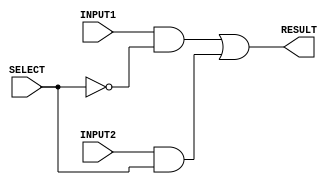
/*
 *
 *	Gate level modeling for 2 to 1 MUX
 *
 */


module mux_2to1_1bits(RESULT, INPUT1, INPUT2, SELECT);
	
	input INPUT1, INPUT2;			// 1-bit inputs 
	input SELECT;				// selection pin
	output RESULT;				// 1-bit output
	
	wire input1, input2, NOTSELECT;		// intermediate wires
	

	not n1(NOTSELECT,SELECT);
	and a1(input1,INPUT1,NOTSELECT);
	and a2(input2, INPUT2,SELECT);
	
	or o1(RESULT,input1,input2);
	
endmodule